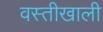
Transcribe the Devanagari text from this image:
वस्तीखाली